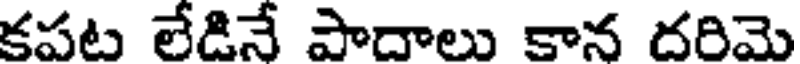
కపట లేడినే పాదాలు కాన దరిమె